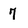
Character: 7